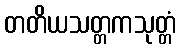
တတိယသတ္တကသုတ္တံ